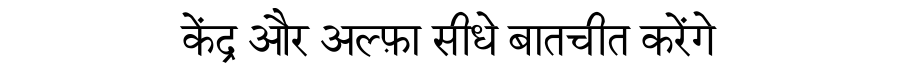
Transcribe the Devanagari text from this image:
केंद्र और अल्फ़ा सीधे बातचीत करेंगे